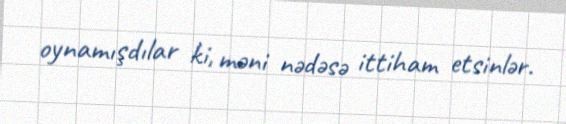
oynamışdılar ki, məni nədəsə ittiham etsinlər.